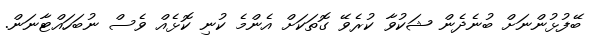
ބޭފުޅުންނަށް ބުނެދެން ޝަކުވާ ކުރެވޭ ގޮތަކަށް އެންމެ ކުނި ކޮޅެއް ވެސް ނުބަހައްޓާނަން.